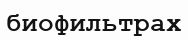
биофильтрах